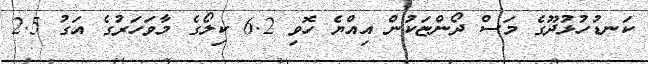
ކަނޑުހުޅުދޫގެ މަސް ދޯންޏަކުން އިއްޔެ ހޮވި 6.2 ކިލޯގެ މާވަހަރުގެ އަގު 2.5